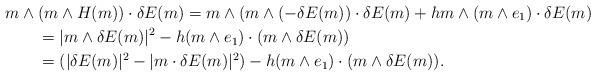
LaTeX: \begin{align*}\MoveEqLeft m \wedge ( m \wedge H(m)) \cdot \delta E(m) = m \wedge ( m \wedge (-\delta E(m)) \cdot \delta E(m) + h m \wedge ( m \wedge e_1) \cdot \delta E(m) \\& = |m \wedge \delta E(m)|^2 - h (m \wedge e_1) \cdot (m \wedge \delta E(m)) \\& = (|\delta E(m)|^2 - |m \cdot \delta E(m)|^2) - h (m \wedge e_1) \cdot (m \wedge \delta E(m)).\end{align*}